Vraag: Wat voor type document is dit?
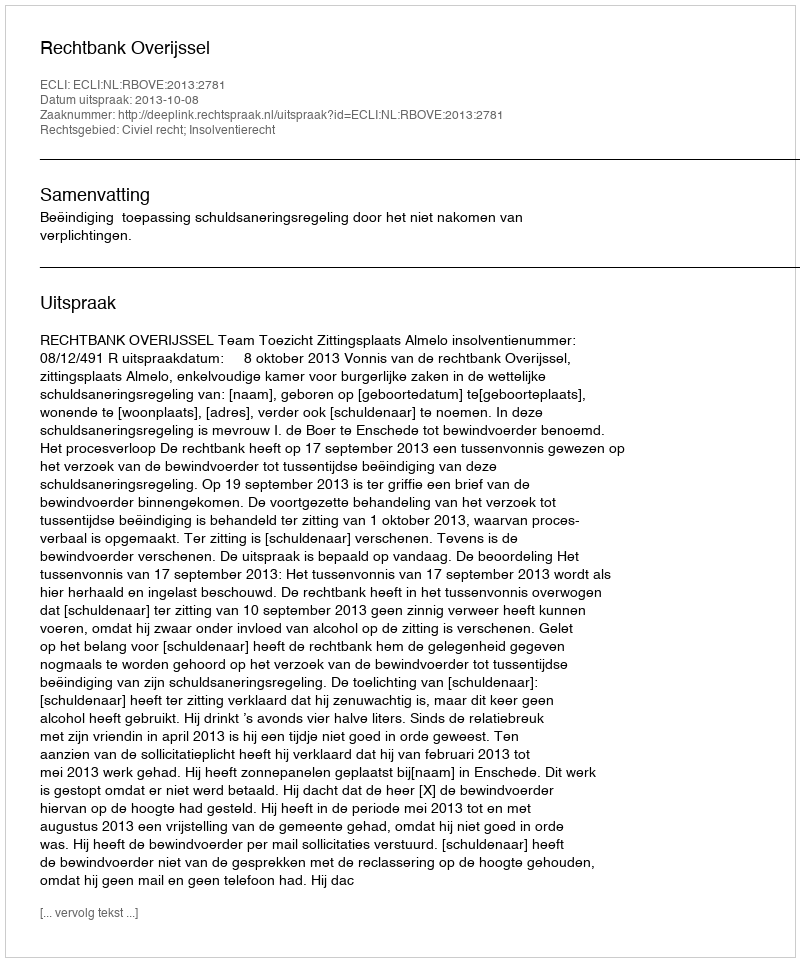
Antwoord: Uitspraak